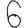
Digit: 6